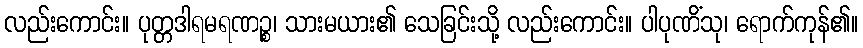
လည်းကောင်း။ ပုတ္တဒါရမရဏဉ္စ၊ သားမယား၏ သေခြင်းသို့ လည်းကောင်း။ ပါပုဏိံသု၊ ရောက်ကုန်၏။